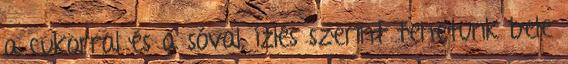
a cukorral és a sóval, ízlés szerint tehetünk bele